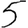
Digit: 5